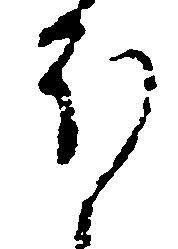
ほ